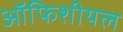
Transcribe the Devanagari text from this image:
ऑफिशीयल